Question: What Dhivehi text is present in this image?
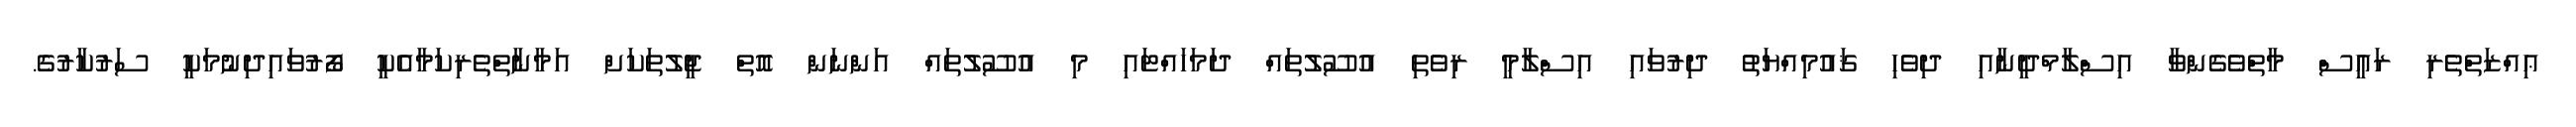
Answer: ޢިއްޒަތްތެރި ރައީސް މާތްވެގެންވާ އިސްލާމްދީނާއި ދިވެހި ޤައުމިއްޔަތު ދިރުވައި އިސްލާމީ ރިވެތި އުސޫލުތައް ދަމަހައްޓައި މި އުސޫލުތައް އަންނަން އޮތް ޖީލުތަކަށް އަމާނާތްތެރިކަމާއެކީ ފޯރުވައިދިނުމަކީ ސަރުކާރުގެ.